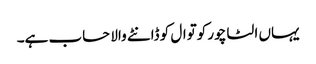
یہاں الٹا چور کوتوال کو ڈانٹے والا حساب ہے۔